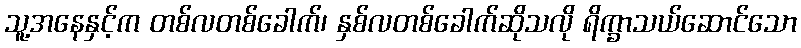
သူ့အနေနှင့်က တစ်လတစ်ခေါက်၊ နှစ်လတစ်ခေါက်ဆိုသလို ရိက္ခာသယ်ဆောင်သော